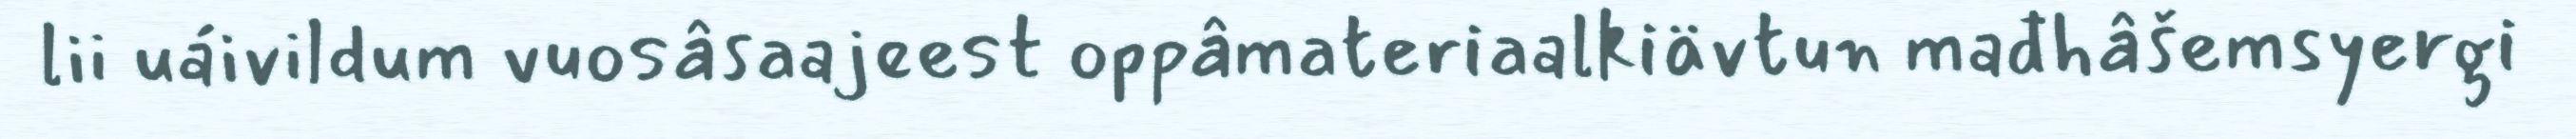
lii uáivildum vuosâsaajeest oppâmateriaalkiävtun mađhâšemsyergi